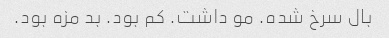
بال سرخ شده. مو داشت. کم بود. بد مزه بود.